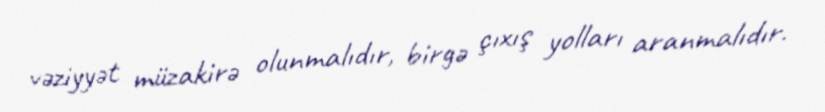
vəziyyət müzakirə olunmalıdır, birgə çıxış yolları aranmalıdır.